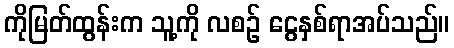
ကိုမြတ်ထွန်းက သူ့ကို လစဉ် ငွေနှစ်ရာအပ်သည်။